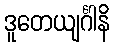
ဒူတေယျင်္ဂါနိ